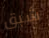
شبق